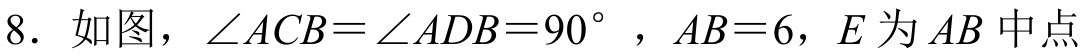
8. 如图，\(\angle ACB=\angle ADB = 90^{\circ}\)，\(AB = 6\)，\(E\)为\(AB\)中点